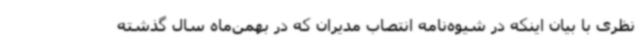
نظری با بیان اینکه در شیوه‌نامه انتصاب مدیران که در بهمن‌ماه سال گذشته